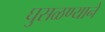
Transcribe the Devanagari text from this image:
घुसळण्याने